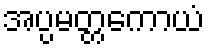
အပ္ပမတ္တကောယံ